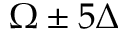
\Omega \pm 5 \Delta